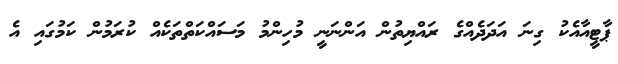
ޕާޓީއާއެކު ގިނަ އަދަދެއްގެ ރައްޔިތުން އަންނަނީ މުހިންމު މަސައްކަތްތަކެއް ކުރަމުން ކަމުގައި އެ